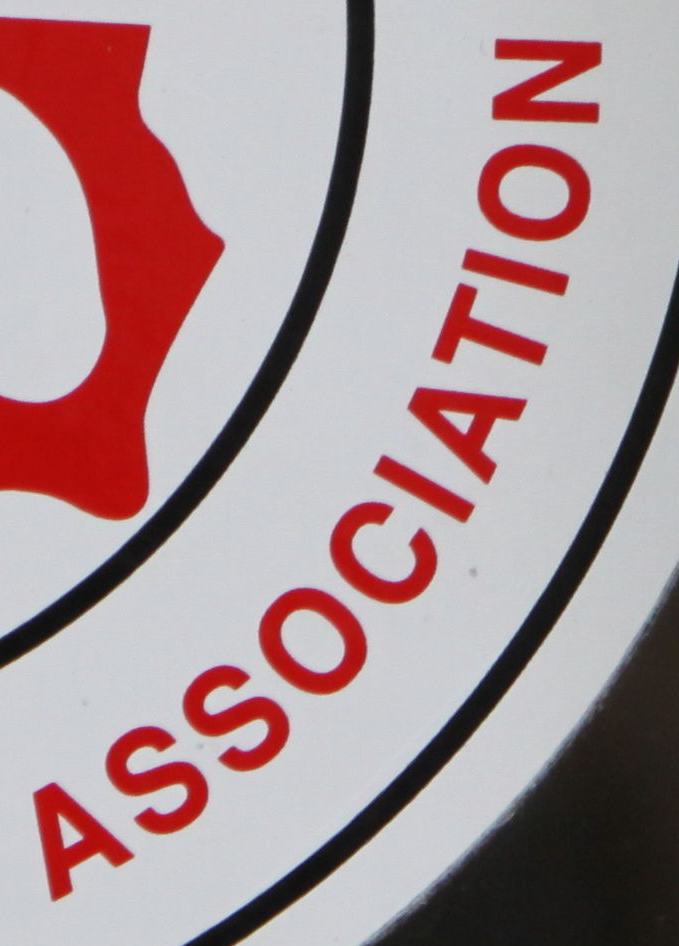
ASSOCIATION